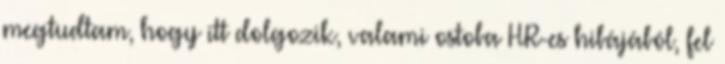
megtudtam, hogy itt dolgozik, valami ostoba HR-es hibájából, fel